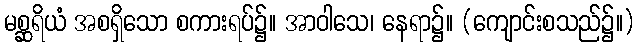
မစ္ဆရိယံ အစရှိသော စကားရပ်၌။ အာဝါသေ၊ နေရာ၌။ (ကျောင်းစသည်၌။)